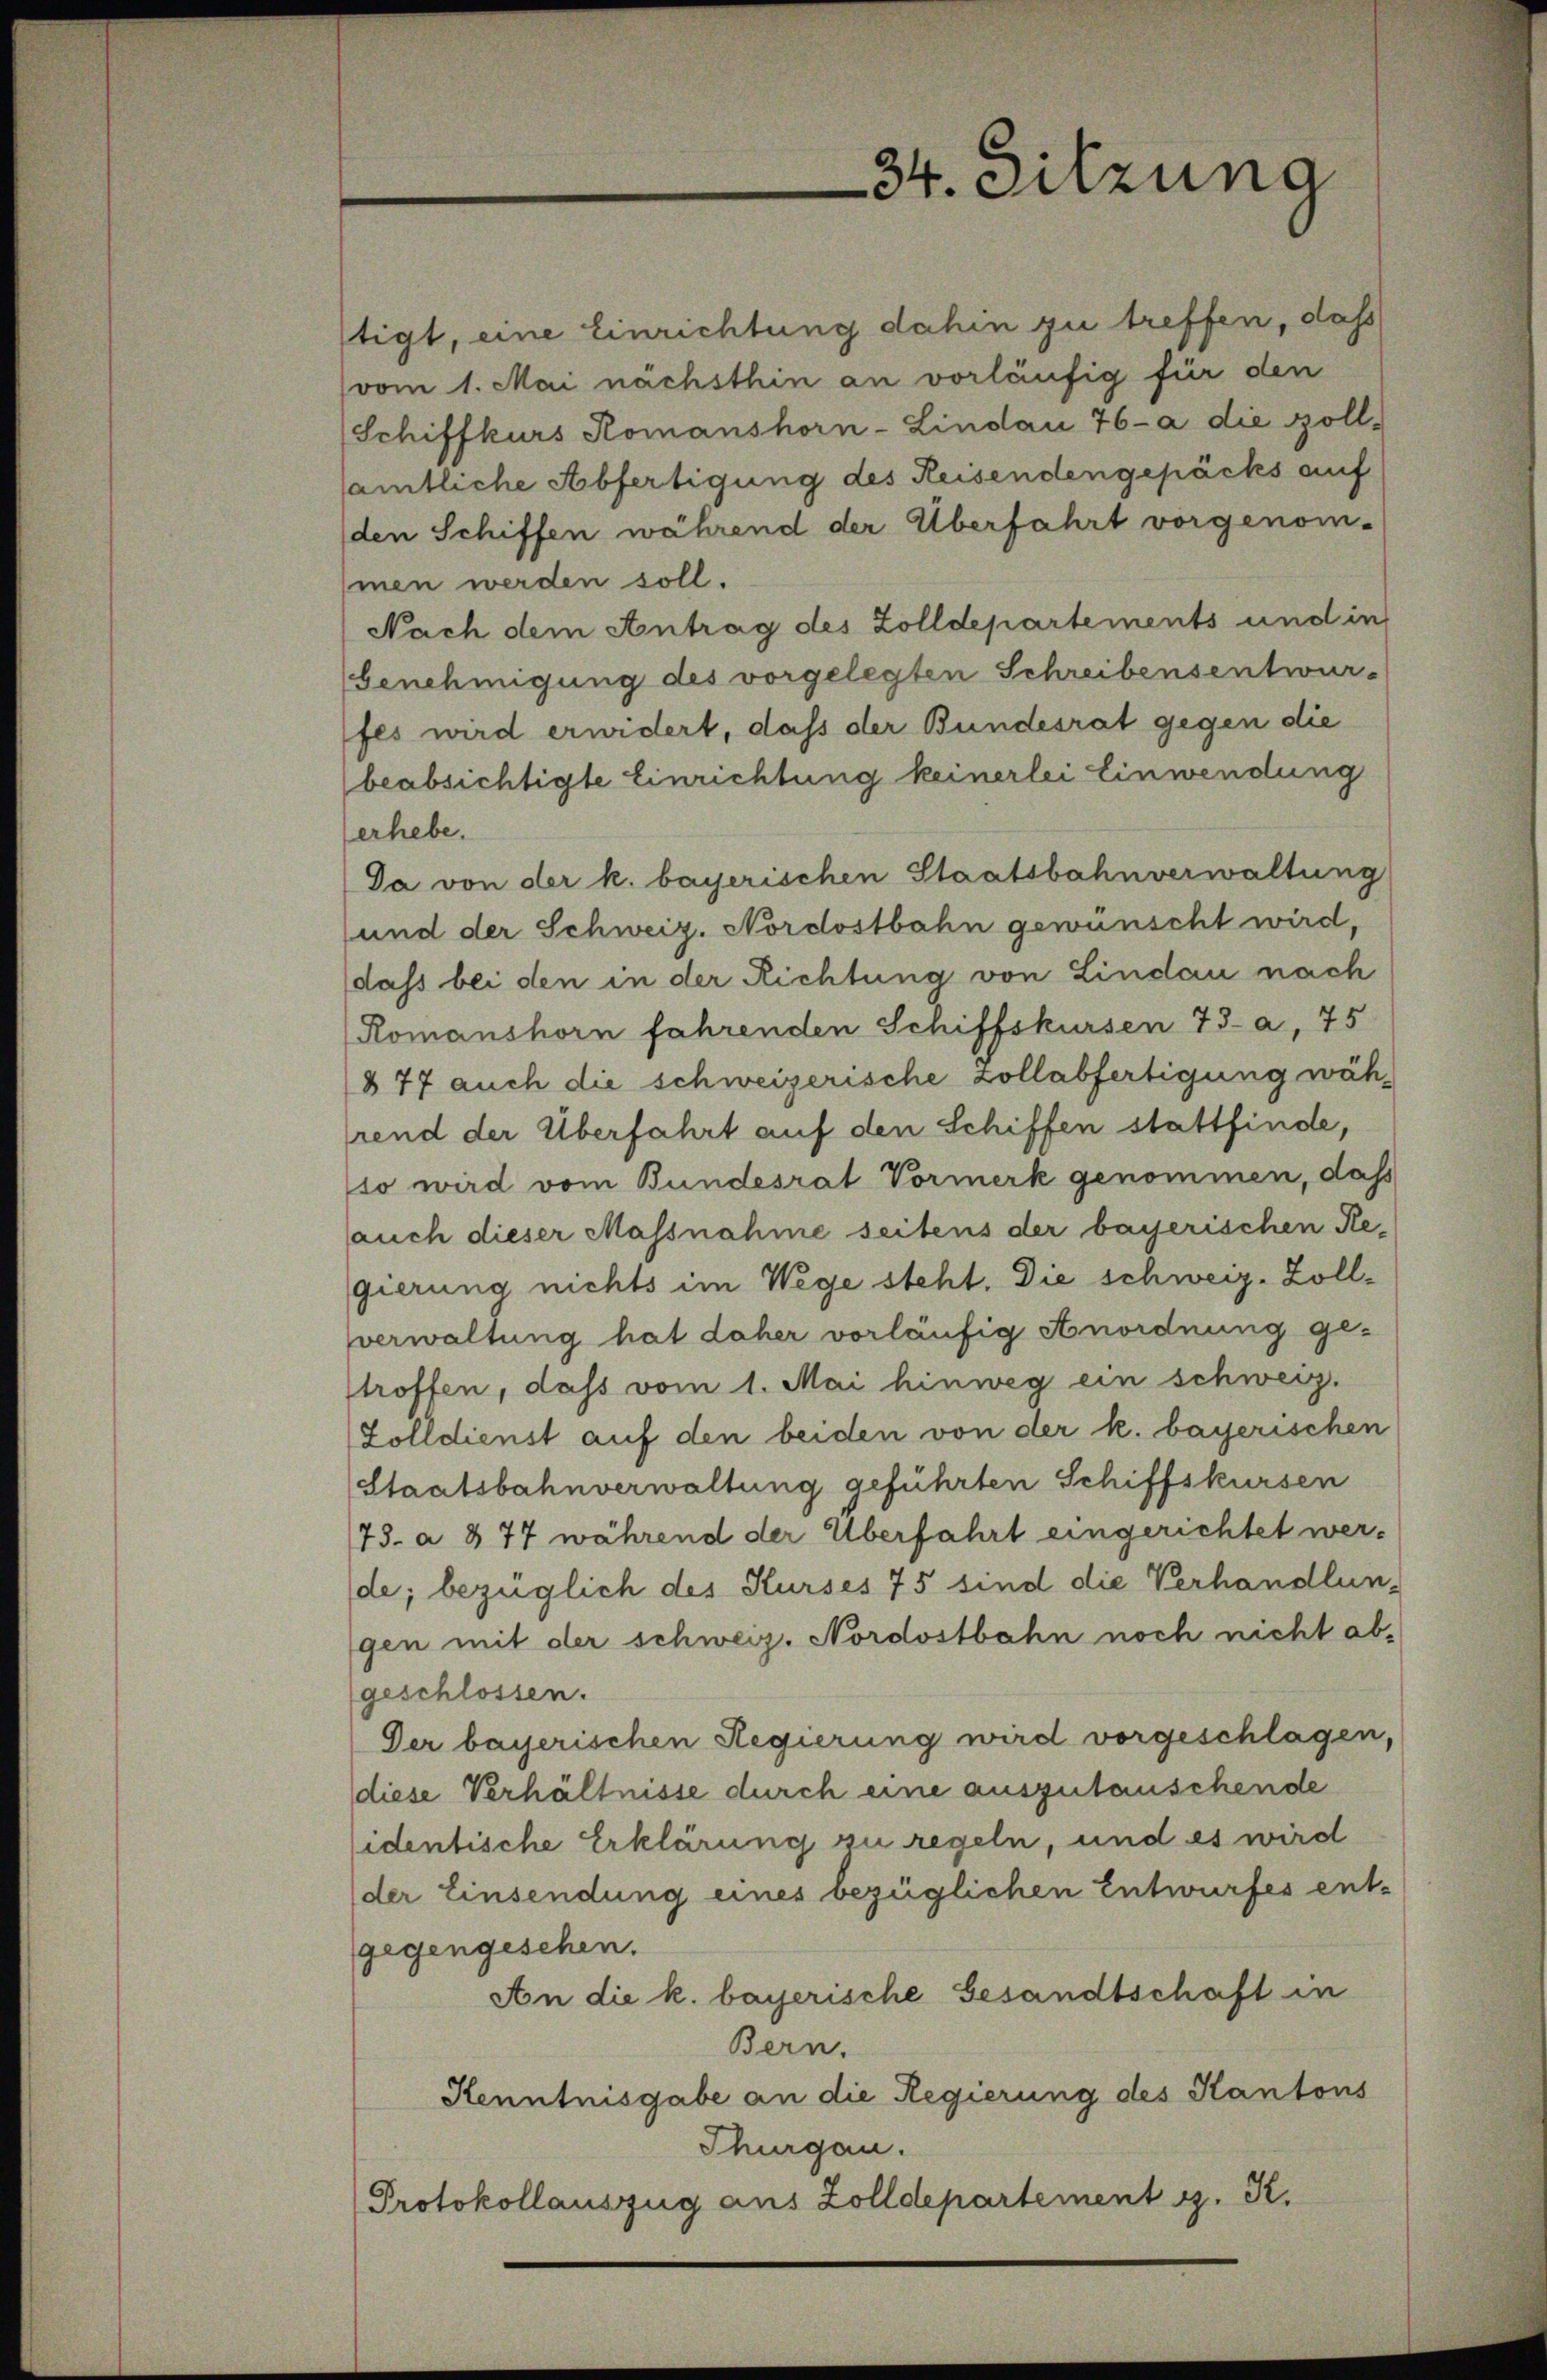
tigt, eine Einrichtung dahin zu treffen, daß
vom 1. Mai nachsthin an vorläufig für den
Schiffkurs Komanshorn-Lindau 76-a die Zoll-
amtliche Abfertigung des Reisendengepäcks auf
den Schiffen während der Überfahrt vorgenom-
men werden soll.
Nach dem Antrag des Zolldepartements und in
Genehmigung des vorgelegten Schreibensentwurfes wird erwidert, daß der Bundesrat gegen die
beabsichtigte Einrichtung keinerlei Einwendung
erhebe.
Da von der k. bayerischen Staatsbahnverwaltung
und der Schweiz. Nordostbahn gewünscht wird,
dass bei den in der Richtung von Lindau nach
Romanshorn fahrenden Schiffskursen 73. a, 75
877 auch die schweizerische Zollabfertigung während der Überfahrt auf den Schiffen stattfinde,
so wird vom Bundesrat Vormerk genommen, daß
auch dieser Massnahme seitens der bayerischen Re-
gierung nichts im Wege steht. Die schweiz. Zollverwaltung hat daher vorläufig Anordnung ge-
troffen, dass vom 1. Mai hinweg ein schweiz.
Zolldienst auf den beiden von der k. bayerischen
Staatsbahnverwaltung geführten Schiffskursen
73. a 877 während der Überfahrt eingerichtet werde; bezüglich des Kurses 75 sind die Verhandlun-
gen mit der schweiz. Nordostbahn noch nicht abgeschlossen.
Der bayerischen Regierung wird vorgeschlagen,
diese Verhältnisse durch eine auszutauschende
identische Erklärung zu regeln, und es wird
der Einsendung eines bezüglichen Entwurfes ent-
gegengesehen.
An die k. bayerische Gesandtschaft in
Bern.
Kenntnisgabe an die Regierung des Kantons
Thurgau.
Protokollauszug aus Zolldepartement z. R.

34. Sitzung